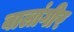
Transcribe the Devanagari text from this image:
बालांगीर